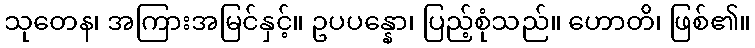
သုတေန၊ အကြားအမြင်နှင့်။ ဥပပန္နော၊ ပြည့်စုံသည်။ ဟောတိ၊ ဖြစ်၏။